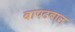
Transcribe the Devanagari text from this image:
बापटबाल